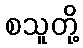
စသူတို့